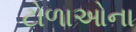
ટોળાઓના